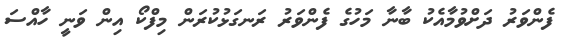
ފެންވަރު ދަށްވުމާއެކު ބާނާ މަހުގެ ފެންވަރު ރަނގަޅުކުރަން މިފްކޯ އިން ވަނީ ހާއްސަ